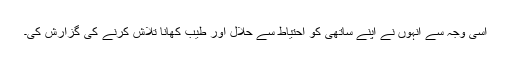
اسی وجہ سے انہوں نے اپنے ساتھی کو احتیاط سے حلال اور طیب کھانا تلاش کرنے کی گزارش کی۔